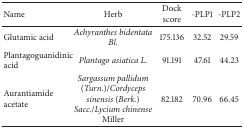
| Name | Herb | Dock score | -PLP1 | -PLP2 |
 | --- | --- | --- | --- | --- |
 | Glutamic acid | Achyranthes bidentata Bl. | 175.136 | 32.52 | 29.59 |
 | Plantagoguanidinic acid | Plantago asiatica L. | 91.191 | 47.61 | 44.23 |
 | Aurantiamide acetate | Sargassum pallidum (Turn.)/Cordyceps sinensis (Berk.) Sacc./Lycium chinense Miller | 82.182 | 70.96 | 66.45 |